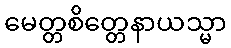
မေတ္တစိတ္တေနာယသ္မာ